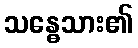
သန္ဓေသား၏